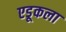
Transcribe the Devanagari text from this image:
एडूकला